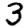
Digit: 3